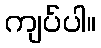
ကျပ်ပါ။